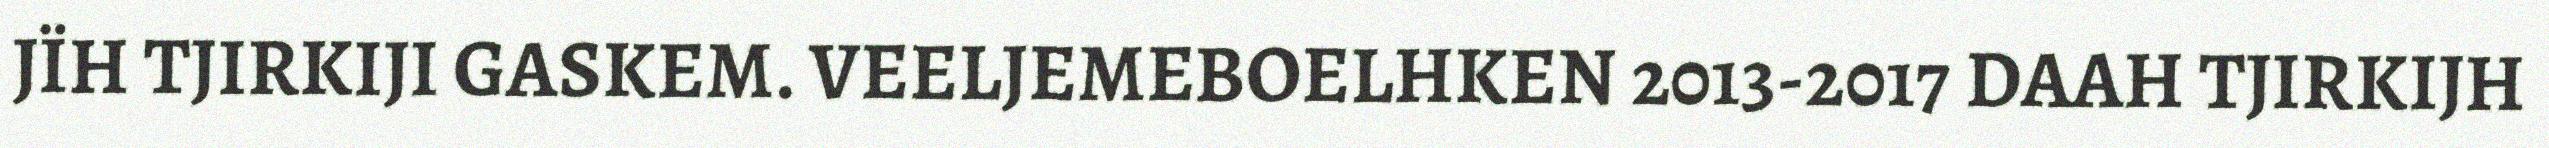
JÏH TJIRKIJI GASKEM. VEELJEMEBOELHKEN 2013-2017 DAAH TJIRKIJH